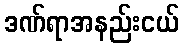
ဒဏ်ရာအနည်းငယ်